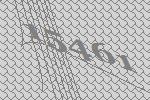
15461